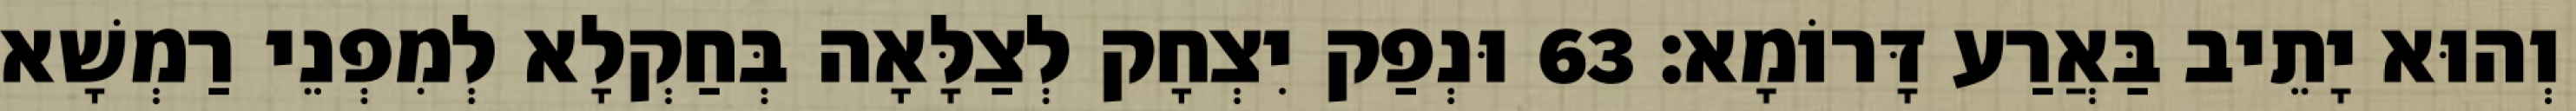
וְהוּא יָתֵיב בַּאֲרַע דָּרוֹמָא׃ 63 וּנְפַק יִצְחָק לְצַלָּאָה בְּחַקְלָא לְמִפְנֵי רַמְשָׁא